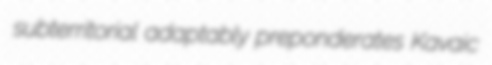
subterritorial adaptably preponderates Kavaic